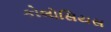
કોલોસિયસ